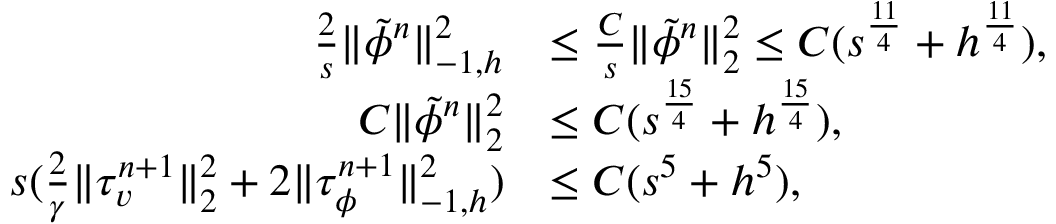
\begin{array} { r l } { \frac { 2 } { s } \| \tilde { \phi } ^ { n } \| _ { - 1 , h } ^ { 2 } } & { \leq \frac { C } { s } \| \tilde { \phi } ^ { n } \| _ { 2 } ^ { 2 } \leq C ( s ^ { \frac { 1 1 } { 4 } } + h ^ { \frac { 1 1 } { 4 } } ) , } \\ { C \| \tilde { \phi } ^ { n } \| _ { 2 } ^ { 2 } } & { \leq C ( s ^ { \frac { 1 5 } { 4 } } + h ^ { \frac { 1 5 } { 4 } } ) , } \\ { s ( \frac { 2 } { \gamma } \| \tau _ { v } ^ { n + 1 } \| _ { 2 } ^ { 2 } + 2 \| \tau _ { \phi } ^ { n + 1 } \| _ { - 1 , h } ^ { 2 } ) } & { \leq C ( s ^ { 5 } + h ^ { 5 } ) , } \end{array}